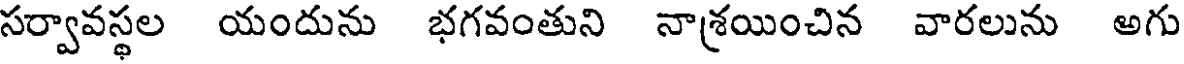
సర్వావస్థల యందును భగవంతుని నాశ్రయించిన వారలును అగు